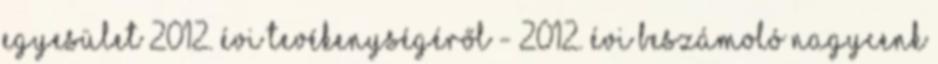
Egyesület 2012. évi tevékenységéről - 2012. évi beszámoló Nagycenk